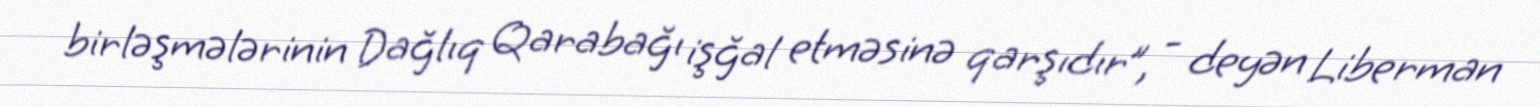
birləşmələrinin Dağlıq Qarabağı işğal etməsinə qarşıdır”, - deyən Liberman